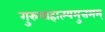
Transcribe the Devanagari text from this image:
गुरुमाहात्म्यमुत्तमम्